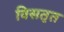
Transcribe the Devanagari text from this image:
विसतृत